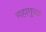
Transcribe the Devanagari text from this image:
महागुच्छ